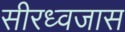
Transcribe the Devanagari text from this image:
सीरध्वजास